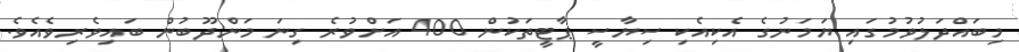
މިބައްދަލުވުމުގައި ޔަމަނުގެ އެކިއެކި ސިޔާސީ ޕާޓީތަކުން 400 އަށްވުރެ ގިނަ މަންދޫބުން ބައިވެރިވެއެވެ.